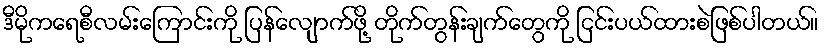
ဒီမိုကရေစီလမ်းကြောင်းကို ပြန်လျောက်ဖို့ တိုက်တွန်းချက်တွေကို ငြင်းပယ်ထားစဲဖြစ်ပါတယ်။